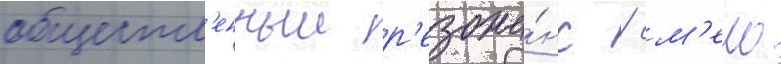
обществ'енныи р'езона́нс / см'ело